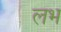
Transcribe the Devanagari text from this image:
लभ